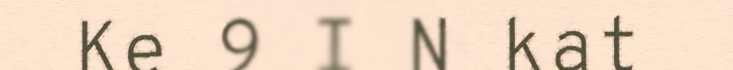
Ke 9 I N kat